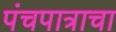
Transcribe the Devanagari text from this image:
पंचपात्राचा